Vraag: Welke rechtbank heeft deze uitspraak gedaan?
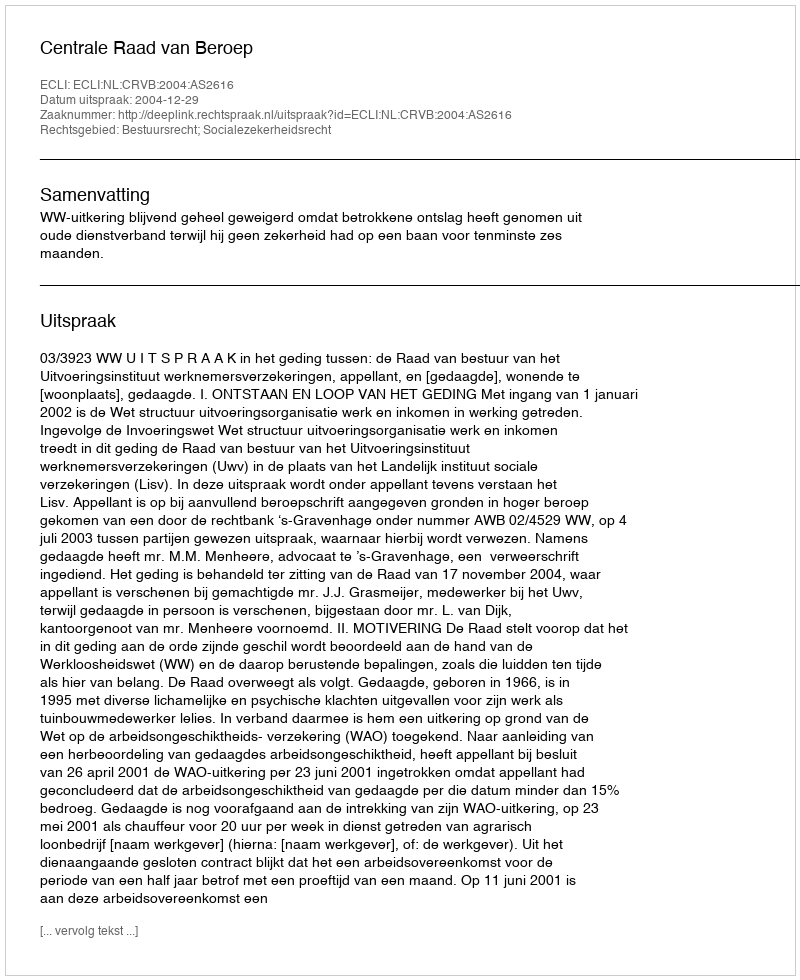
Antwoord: Centrale Raad van Beroep